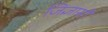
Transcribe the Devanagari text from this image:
जिज्ञासी